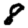
Digit: 8